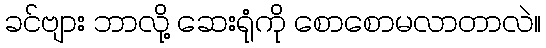
ခင်ဗျား ဘာလို့ ဆေးရုံကို စောစောမလာတာလဲ။